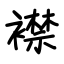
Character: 襟